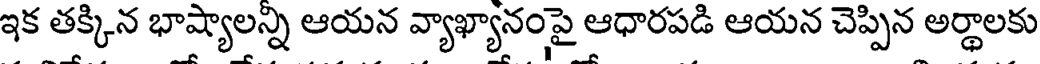
ఇక తక్కిన భాష్యాలన్ని ఆయన వ్యాఖ్యానంపై ఆధారపడి ఆయన చెప్పిన అర్థాలకు